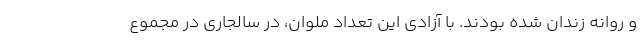
و روانه زندان شده بودند. با آزادی این تعداد ملوان، در سالجاری در مجموع